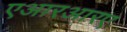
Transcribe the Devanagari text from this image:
एआरआरए